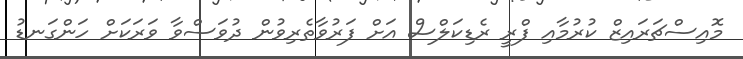
މޮއިސްޗަރައިޒް ކުރުމާއި ފްރީ ރެޑިކަލްސް އަށް ފަރުވާތެރިވުން ދުވަސްވާ ވަރަކަށް ހަންގަނޑު